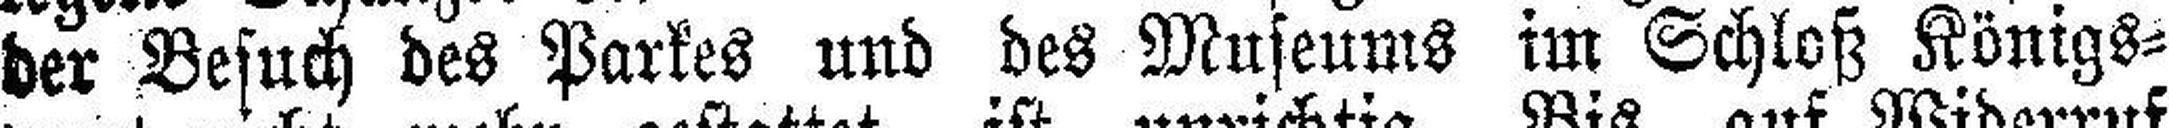
der Besuch des Parkes und des Museums im Schloß Königs¬